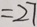
= 2 7